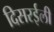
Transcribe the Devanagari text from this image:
दिसरईली